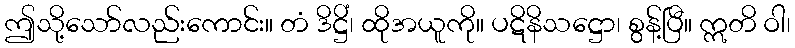
ဤသို့သော်လည်းကောင်း။ တံ ဒိဋ္ဌိံ၊ ထိုအယူကို။ ပဋိနိသဋ္ဌော၊ စွန့်ပြီ။ ဣတိ ဝါ၊